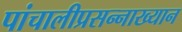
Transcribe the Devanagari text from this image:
पांचालीप्रसन्नाख्यान